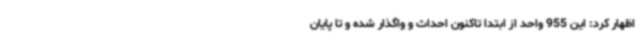
اظهار کرد: این 955 واحد از ابتدا تاکنون احداث و واگذار شده و تا پایان